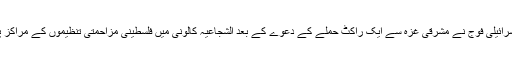
مرکز اطلاعات) اسرائیلی فوج نے مشرقی غزہ سے ایک راکٹ حملے کے دعوے کے بعد الشجاعیہ کالونی میں فلسطینی مزاحمتی تنظیموں کے مراکز پر بمباری کی ہے۔